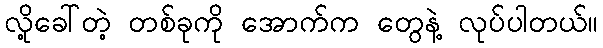
လို့ခေါ်တဲ့ တစ်ခုကို အောက်က တွေနဲ့ လုပ်ပါတယ်။